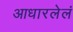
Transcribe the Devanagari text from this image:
आधारलेलं